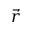
\vec { r }